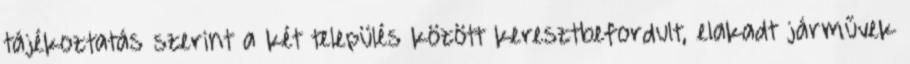
tájékoztatás szerint a két település között keresztbefordult, elakadt járművek